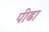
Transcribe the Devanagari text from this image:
पीढा